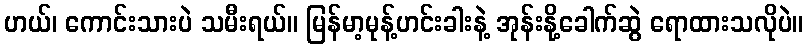
ဟယ်၊ ကောင်းသားပဲ သမီးရယ်။ မြန်မာ့မုန့်ဟင်းခါးနဲ့ အုန်းနို့ခေါက်ဆွဲ ရောထားသလိုပဲ။